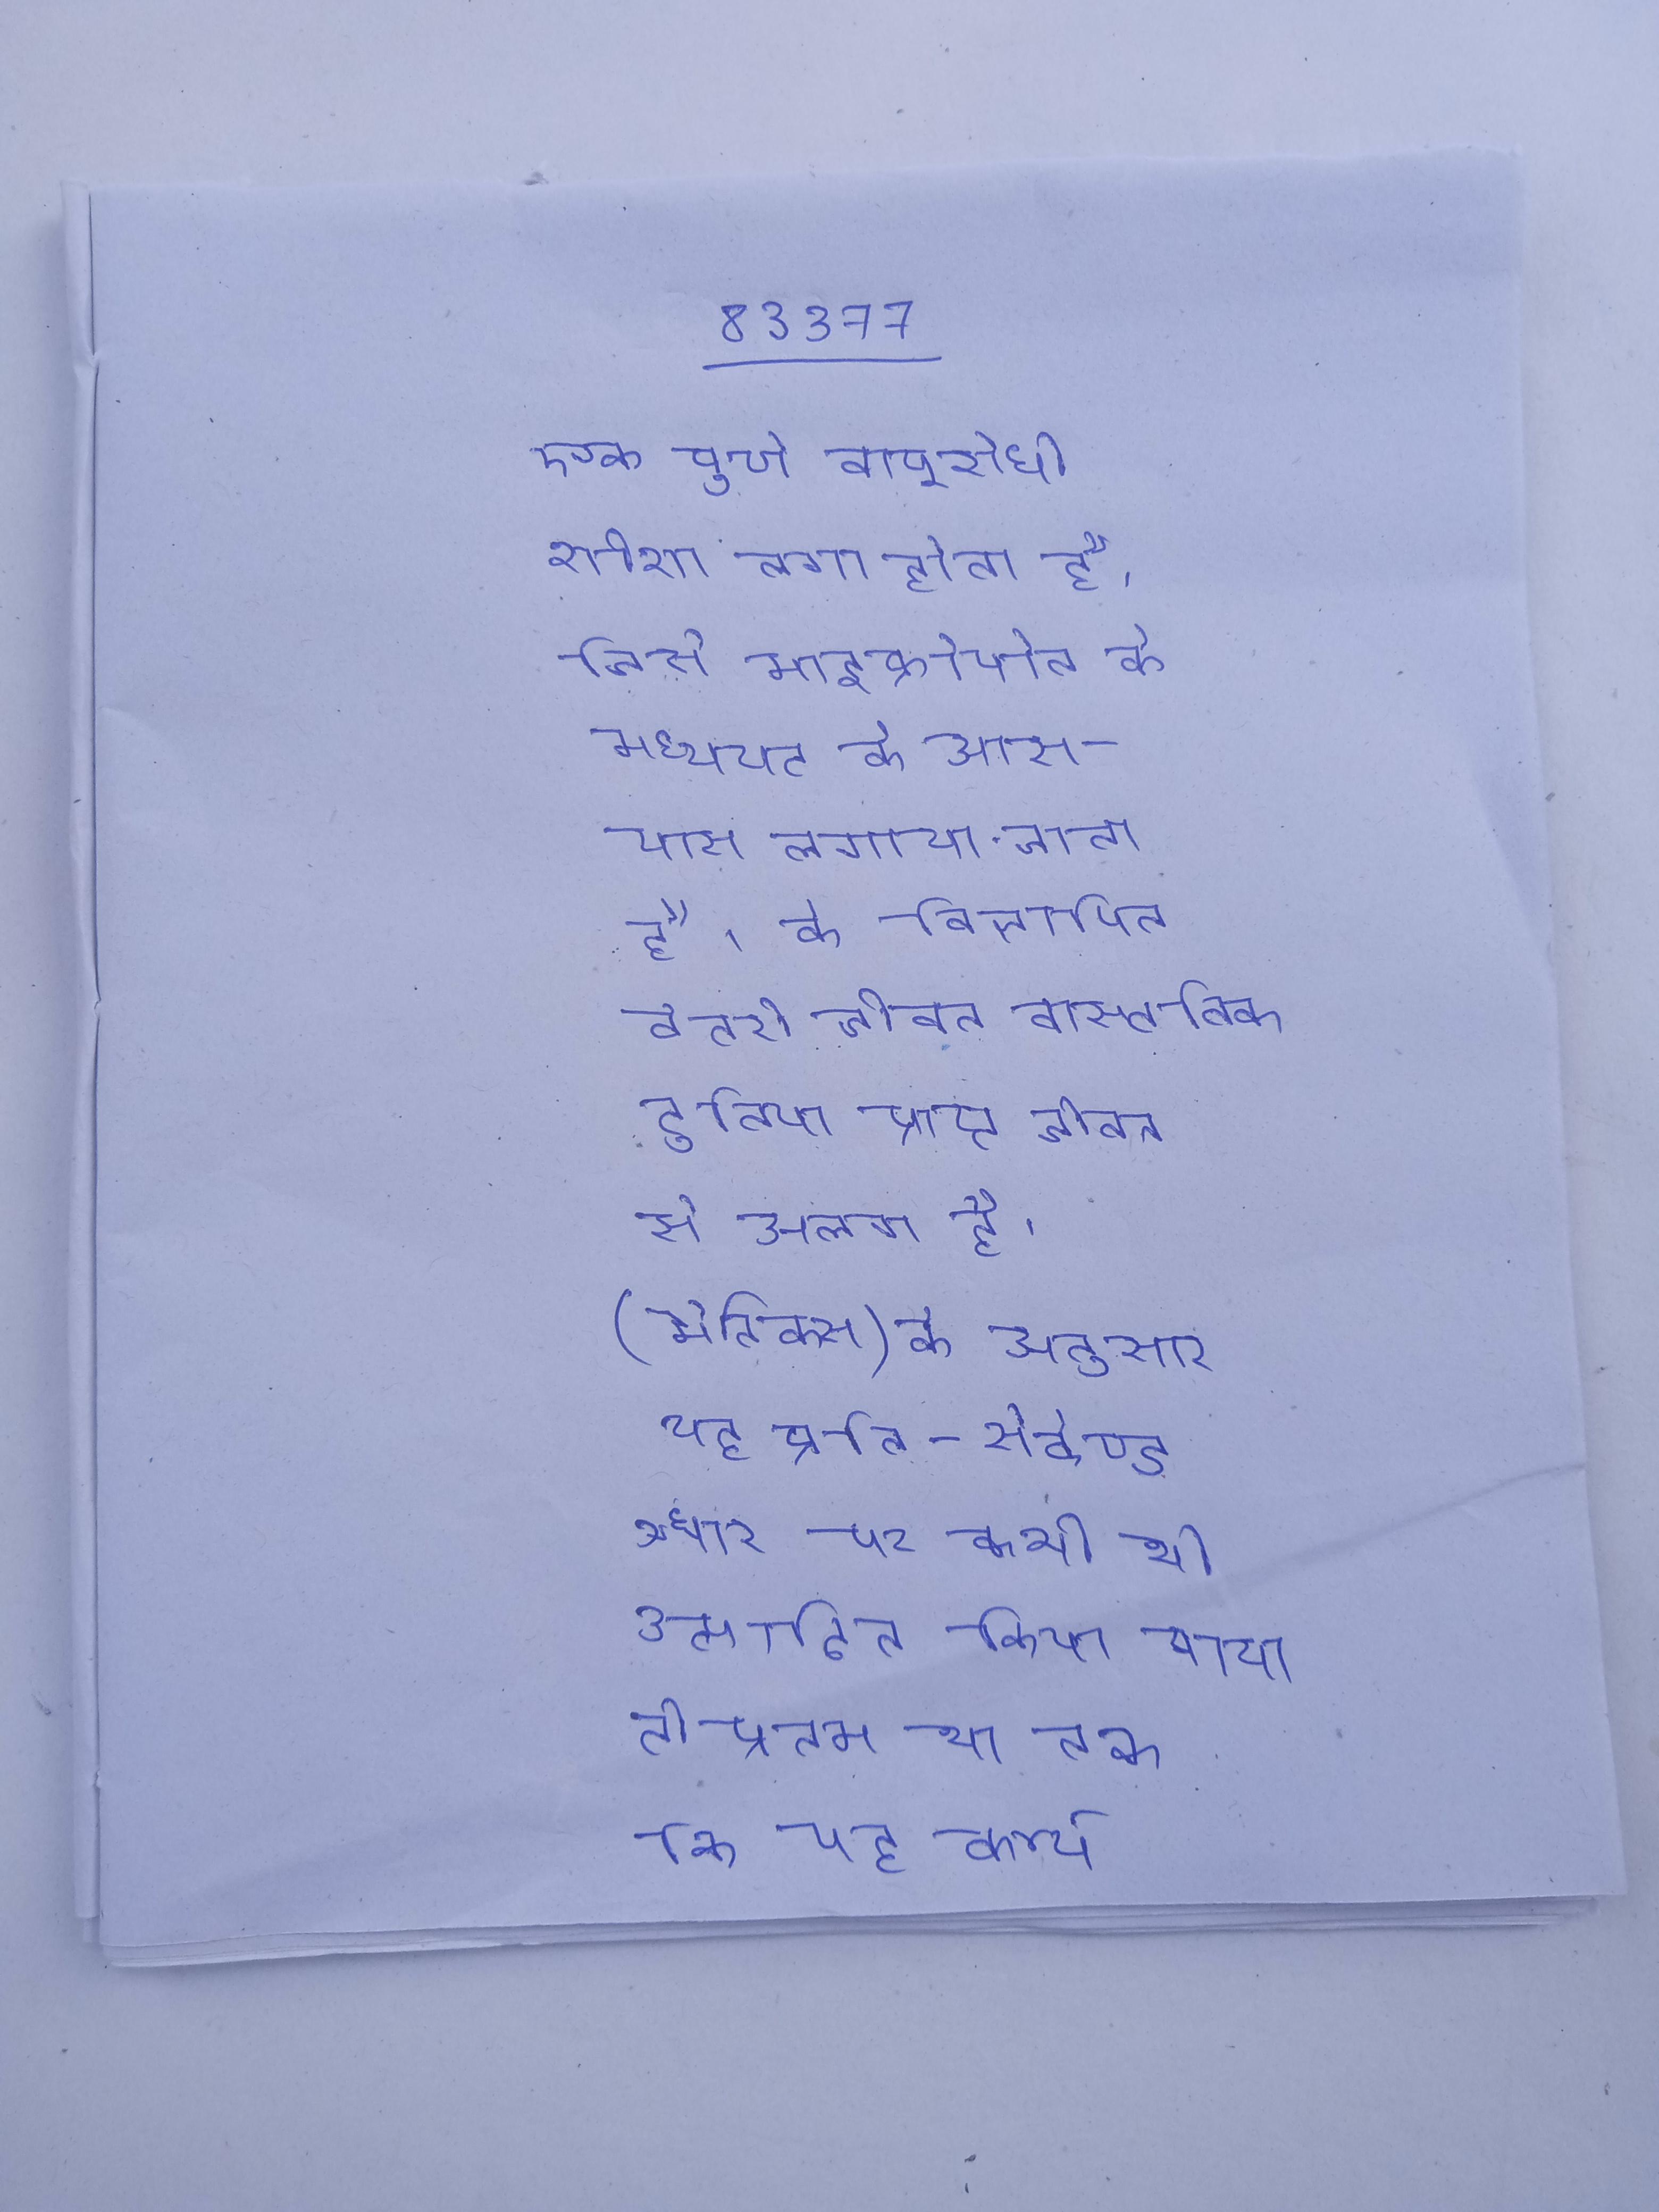
एक पूर्ण वायुरोधी शीशा लगा होता है, जिसे माइक्रोफोन के मध्यपट के आस-पास लगाया जाता है । के विज्ञापित बैटरी जीवन वास्तविक दुनिया प्राप्त जीवन से अलग है । (मेट्रिक्स) के अनुसार यह प्रति-सेकेण्ड आधार पर कभी भी उत्पादित किया गया तीव्रतम कोर नेट बर्स्ट प्रोसेसर था तक कि यह कार्य निष्पादन अपनी कई उत्तराधिकारी (डुअल-कोर डी के आलावा) से भी आगे निकल गया ।